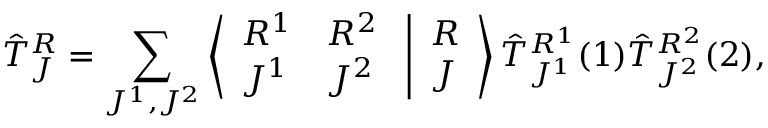
{ \hat { \cal T } } _ { J } ^ { R } = \sum _ { J ^ { 1 } , J ^ { 2 } } \left\langle \begin{array} { l l } { { R ^ { 1 } } } & { { R ^ { 2 } } } \\ { { J ^ { 1 } } } & { { J ^ { 2 } } } \end{array} \right. \left| \begin{array} { l } { { R } } \\ { { J } } \end{array} \right\rangle { \hat { \cal T } } _ { J ^ { 1 } } ^ { R ^ { 1 } } ( 1 ) { \hat { \cal T } } _ { J ^ { 2 } } ^ { R ^ { 2 } } ( 2 ) ,